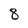
Character: 8